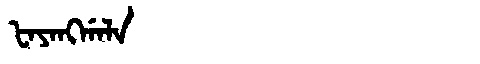
Manchu: ᡶᠠᠶᠠᠩᡤᠠᠯᠠ
Romanization: FAYANGGALA